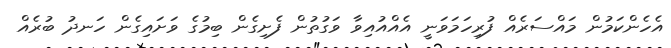
އެހެންކަމުން މައްސަރެއް ފުރިހަމަވަނީ އެއްއުއިވާ ވަގުތުން ފެށިގެން ބިމުގެ ވަށައިގެން ހަނދު ބުރެއް